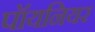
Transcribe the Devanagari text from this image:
पॉयनियर